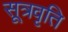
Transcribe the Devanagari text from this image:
सूत्रवृति